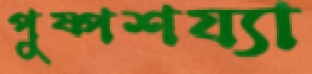
পুষ্পশয্যা